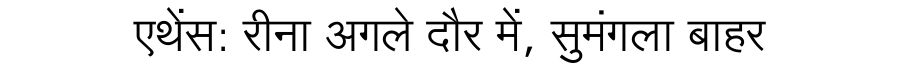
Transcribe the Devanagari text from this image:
एथेंस: रीना अगले दौर में, सुमंगला बाहर